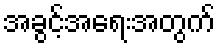
အခွင့်အရေးအတွက်